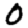
Digit: 0